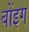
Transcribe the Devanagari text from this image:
बोंइग